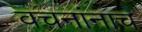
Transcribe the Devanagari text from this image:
वचनांनाच